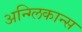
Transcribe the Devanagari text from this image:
अन्ग्लिकान्स